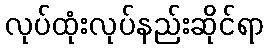
လုပ်ထုံးလုပ်နည်းဆိုင်ရာ